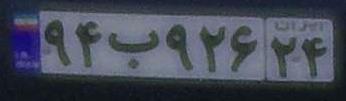
۹۴ب۹۲۶۲۴